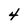
Character: 4